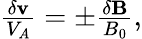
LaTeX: \begin{array}{r}{\frac{\delta\mathbf{v}}{V_{A}}=\pm\frac{\delta\mathbf{B}}{B_{0}},}\end{array}